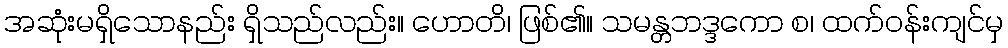
အဆုံးမရှိသောနည်း ရှိသည်လည်း။ ဟောတိ၊ ဖြစ်၏။ သမန္တဘဒ္ဒကော စ၊ ထက်ဝန်းကျင်မှ